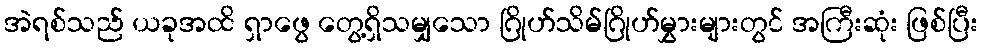
အဲရစ်သည် ယခုအထိ ရှာဖွေ တွေ့ရှိသမျှသော ဂြိုဟ်သိမ်ဂြိုဟ်မွှားများတွင် အကြီးဆုံး ဖြစ်ပြီး